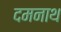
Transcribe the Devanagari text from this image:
दमनाथ